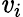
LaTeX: \mathit{v}_{i}